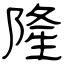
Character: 隆